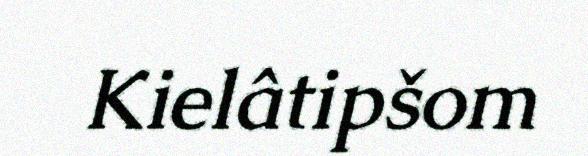
Kielâtipšom